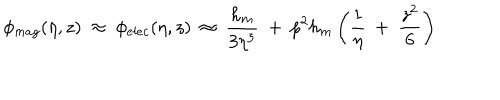
LaTeX: \phi _ { m a g } ( \eta , z ) ~ \approx ~ \phi _ { e l e c } ( \eta , z ) ~ \approx ~ \frac { h _ { m } } { 3 \eta ^ { 3 } } ~ + ~ p ^ { 2 } h _ { m } \left( \frac 1 \eta ~ + ~ \frac { z ^ { 2 } } 6 \right)